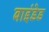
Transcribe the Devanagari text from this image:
बाइंडेड